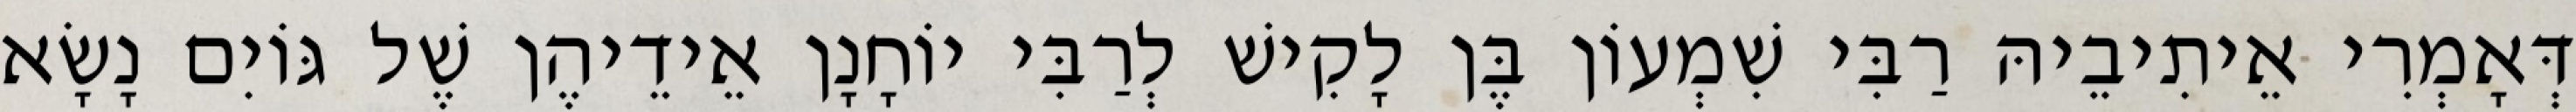
דְּאָמְרִי אֵיתִיבֵיהּ רַבִּי שִׁמְעוֹן בֶּן לָקִישׁ לְרַבִּי יוֹחָנָן אֵידֵיהֶן שֶׁל גּוֹיִם נָשָׂא